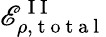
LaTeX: \mathscr{E}_{\rho,\mathrm{{~t~o~t~a~l~}}}^{\mathrm{{~I~I~}}}